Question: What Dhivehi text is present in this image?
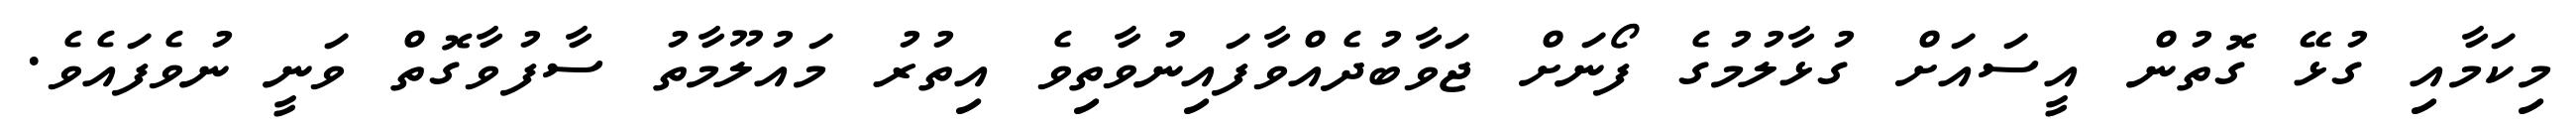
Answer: މިކަމާއި ގުޅޭ ގޮތުން އީސައަށް ގުޅާލުމުގެ ފޯނަށް ޖަވާބުދެއްވާފައިނުވާތިވެ އިތުރު މައުލޫމާތު ސާފުވާގޮތް ވަނީ ނުވެފައެވެ.